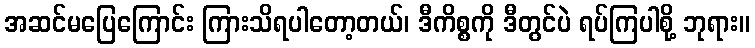
အဆင်မပြေကြောင်း ကြားသိရပါတော့တယ်၊ ဒီကိစ္စကို ဒီတွင်ပဲ ရပ်ကြပါစို့ ဘုရား။